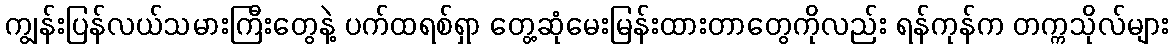
ကျွန်းပြန်လယ်သမားကြီးတွေနဲ့ ပက်ထရစ်ရှာ တွေ့ဆုံမေးမြန်းထားတာတွေကိုလည်း ရန်ကုန်က တက္ကသိုလ်များ